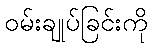
ဝမ်းချုပ်ခြင်းကို